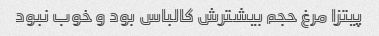
پیتزا مرغ حجم بیشترش کالباس بود و خوب نبود